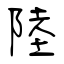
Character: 陸